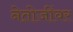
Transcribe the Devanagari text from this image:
नेतोजींवर